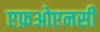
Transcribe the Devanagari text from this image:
एफ़ओएनसी